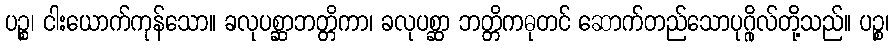
ပဉ္စ၊ ငါးယောက်ကုန်သော။ ခလုပစ္ဆာဘတ္တိကာ၊ ခလုပစ္ဆာ ဘတ္တိကဓုတင် ဆောက်တည်သောပုဂ္ဂိုလ်တို့သည်။ ပဉ္စ၊